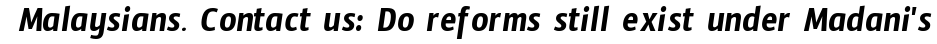
 Malaysians. Contact us: Do reforms still exist under Madani's